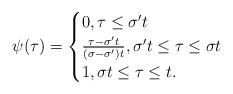
\begin{align*}\psi(\tau)=\begin{cases} 0, \tau \leq \sigma' t\\ \frac{\tau-\sigma' t}{(\sigma-\sigma')t}, \sigma' t\leq \tau\leq \sigma t\\ 1, \sigma t\leq \tau\leq t.\end{cases}\end{align*}